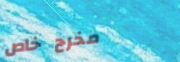
مخرج خاص